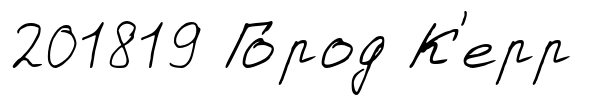
201819 Го́род К'ерр